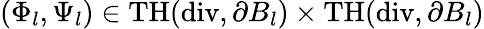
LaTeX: (\Phi_{l},\Psi_{l})\in\mathrm{TH}(\mathrm{div},\partial B_{l})\times\mathrm{TH}(\mathrm{div},\partial B_{l})